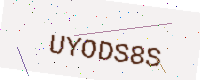
Text: UYODS8S